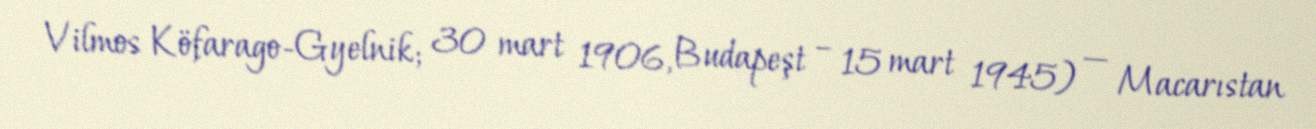
Vilmos Köfarago-Gyelnik; 30 mart 1906, Budapeşt – 15 mart 1945) — Macarıstan